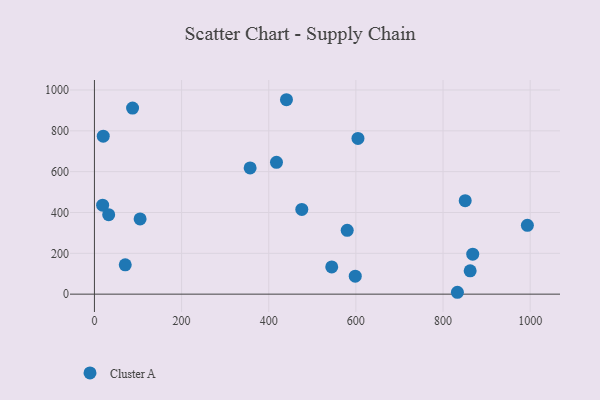
{"axis": {"x": "Study Hours", "y": "Profit"}, "legend": ["Cluster A"], "data": [{"x": "18.8", "y": 435.9, "type": "Cluster A"}, {"x": "417.8", "y": 645.5, "type": "Cluster A"}, {"x": "544.6", "y": 133.3, "type": "Cluster A"}, {"x": "598.6", "y": 88.1, "type": "Cluster A"}, {"x": "868.2", "y": 195.9, "type": "Cluster A"}, {"x": "475.9", "y": 415.2, "type": "Cluster A"}, {"x": "70.7", "y": 143.5, "type": "Cluster A"}, {"x": "833.0", "y": 9.2, "type": "Cluster A"}, {"x": "580.1", "y": 312.8, "type": "Cluster A"}, {"x": "32.7", "y": 389.1, "type": "Cluster A"}, {"x": "440.7", "y": 952.3, "type": "Cluster A"}, {"x": "20.2", "y": 773.6, "type": "Cluster A"}, {"x": "357.3", "y": 618.2, "type": "Cluster A"}, {"x": "104.8", "y": 368.7, "type": "Cluster A"}, {"x": "604.8", "y": 762.9, "type": "Cluster A"}, {"x": "862.3", "y": 114.1, "type": "Cluster A"}, {"x": "993.6", "y": 337.3, "type": "Cluster A"}, {"x": "87.5", "y": 911.2, "type": "Cluster A"}, {"x": "850.9", "y": 457.7, "type": "Cluster A"}]}